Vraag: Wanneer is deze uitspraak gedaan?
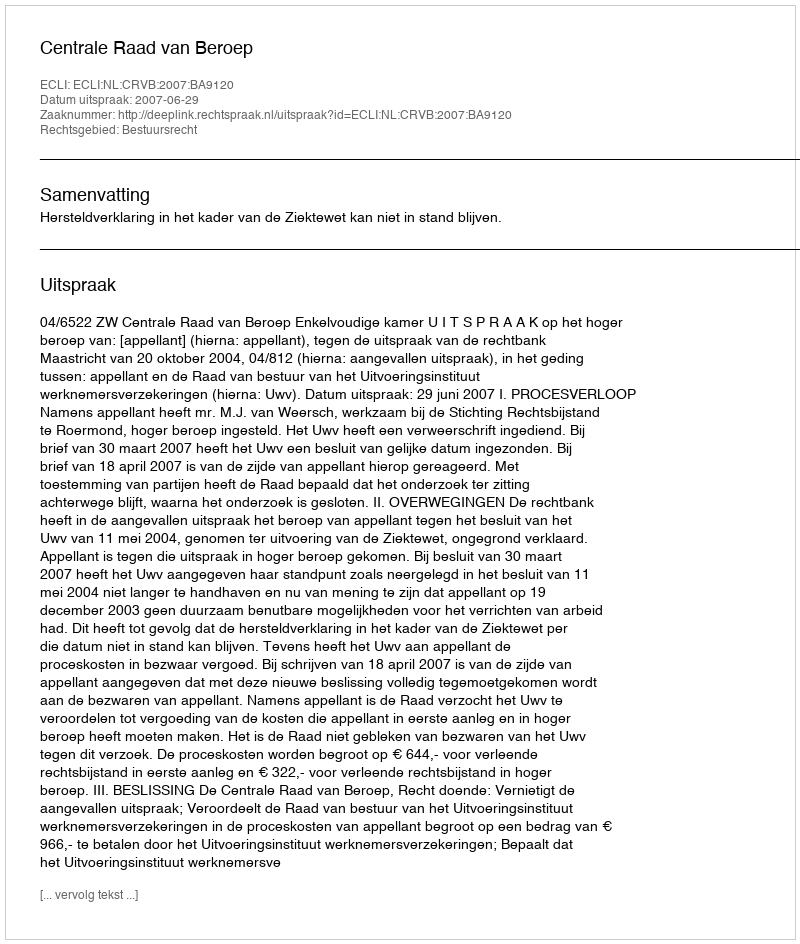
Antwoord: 2007-06-29